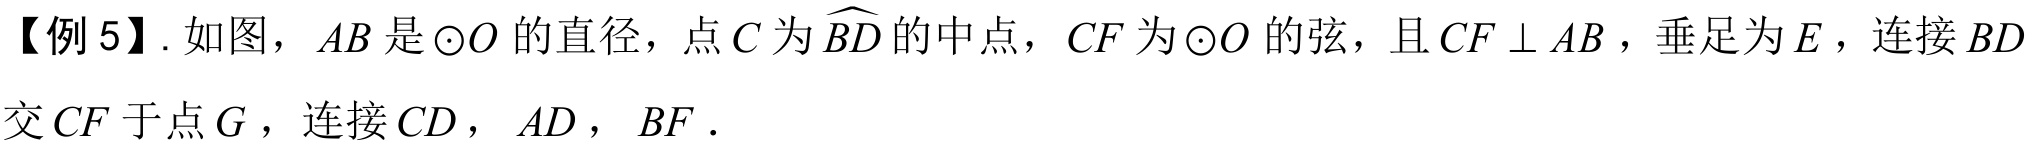
【例 5】. 如图，\(AB\)是\(\odot O\)的直径，点\(C\)为\(\overset{\frown}{BD}\)的中点，\(CF\)为\(\odot O\)的弦，且\(CF\perp AB\)，垂足为\(E\)，连接\(BD\)交\(CF\)于点\(G\)，连接\(CD\)，\(AD\)，\(BF\)．